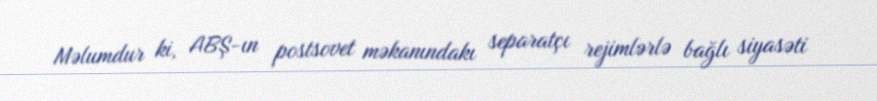
Məlumdur ki, ABŞ-ın postsovet məkanındakı separatçı rejimlərlə bağlı siyasəti